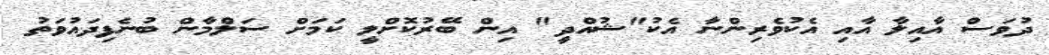
ދުވަސް އާއިލާ އާއި އެކުވެރިންނާ އެކު"ޝުއްދީ" އިން ބޭރުކޮށްލީ ކަމަށް ސަލްމާން ބުނެފިދައުވަތު